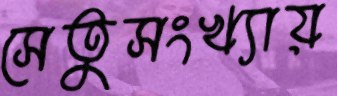
সেতুসংখ্যায়